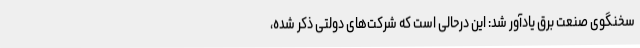
سخنگوی صنعت برق یادآور شد: این درحالی است که شرکت‌های دولتی ذکر شده،